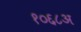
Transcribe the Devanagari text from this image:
१०६८अ